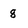
Character: 8